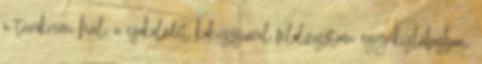
a túrókrém hűl, a csokoládét kókuszsírral felolvasztom egy kislábosban.